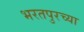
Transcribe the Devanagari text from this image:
भरतपुरच्या